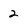
Character: 2